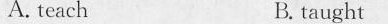
A.teach B.taught